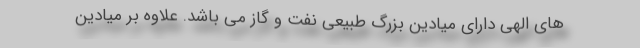
های الهی دارای میادین بزرگ طبیعی نفت و گاز می باشد. علاوه بر میادین